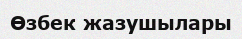
Өзбек жазушылары